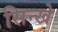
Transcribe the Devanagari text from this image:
सिन्खे